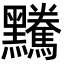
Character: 𪒿